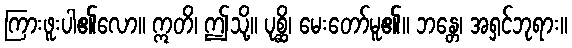
ကြားဖူးပါ၏လော။ ဣတိ၊ ဤသို့။ ပုစ္ဆိ၊ မေးတော်မူ၏။ ဘန္တေ၊ အရှင်ဘုရား။